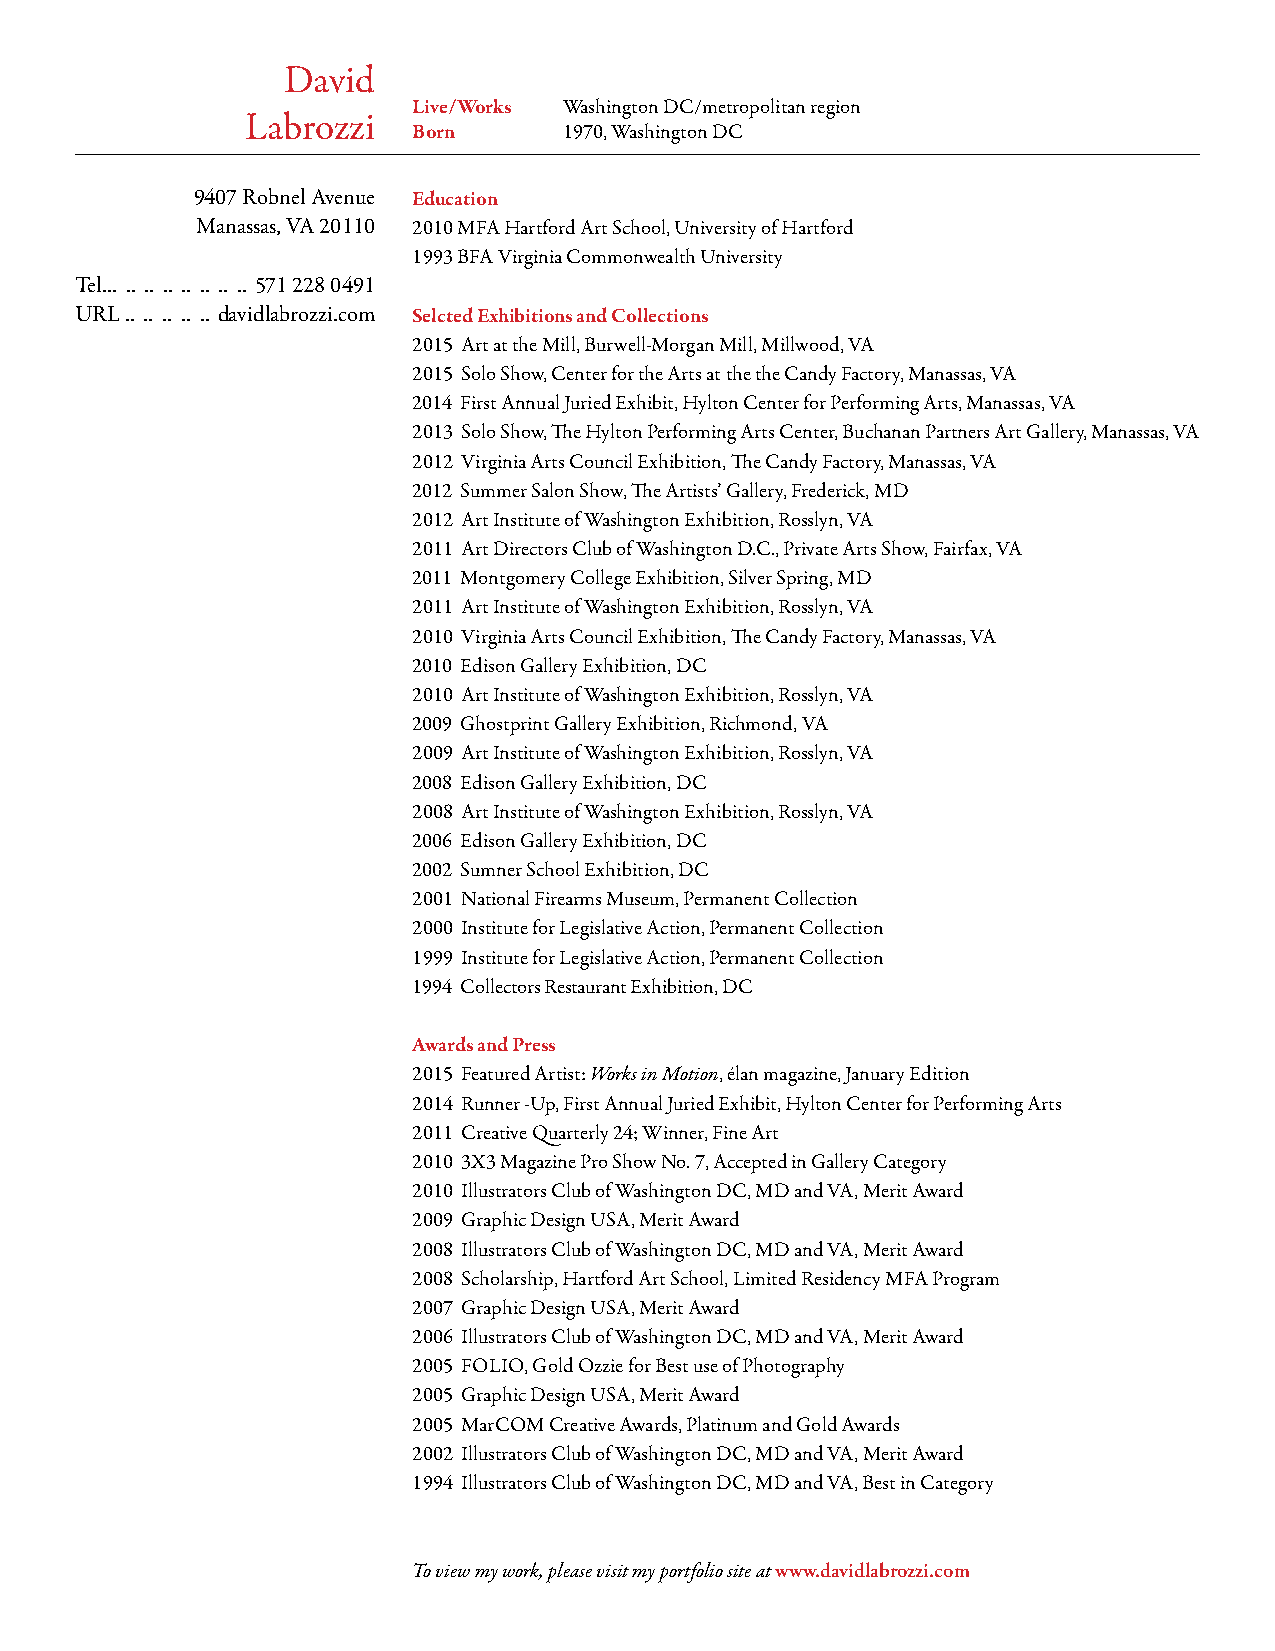
David
 Live/Works Washington DC/metropolitan region
 Labrozzi
 Born      1970, Washington DC
 9407 Robnel Avenue Education
 Manassas, VA 20110 2010 MFA Hartford Art School, University of Hartford
 1993 BFA Virginia Commonwealth University
 Tel... .. .. .. .. .. .. .. 571 228 0491
 URL .. .. .. .. .. davidlabrozzi.com Selcted Exhibitions and Collections
 2015 Art at the Mill, Burwell-Morgan Mill, Millwood, VA
 2015 Solo Show, Center for the Arts at the the Candy Factory, Manassas, VA
 2014 First Annual Juried Exhibit, Hylton Center for Performing Arts, Manassas, VA
 2013 Solo Show, The Hylton Performing Arts Center, Buchanan Partners Art Gallery, Manassas, VA
 2012 Virginia Arts Council Exhibition, The Candy Factory, Manassas, VA
 2012 Summer Salon Show, The Artists’ Gallery, Frederick, MD
 2012 Art Institute of Washington Exhibition, Rosslyn, VA
 2011 Art Directors Club of Washington D.C., Private Arts Show, Fairfax, VA
 2011 Montgomery College Exhibition, Silver Spring, MD
 2011 Art Institute of Washington Exhibition, Rosslyn, VA
 2010 Virginia Arts Council Exhibition, The Candy Factory, Manassas, VA
 2010 Edison Gallery Exhibition, DC
 2010 Art Institute of Washington Exhibition, Rosslyn, VA
 2009 Ghostprint Gallery Exhibition, Richmond, VA
 2009 Art Institute of Washington Exhibition, Rosslyn, VA
 2008 Edison Gallery Exhibition, DC
 2008 Art Institute of Washington Exhibition, Rosslyn, VA
 2006 Edison Gallery Exhibition, DC
 2002 Sumner School Exhibition, DC
 2001 National Firearms Museum, Permanent Collection
 2000 Institute for Legislative Action, Permanent Collection
 1999 Institute for Legislative Action, Permanent Collection
 1994 Collectors Restaurant Exhibition, DC
 Awards and Press
 2015 Featured Artist: Works in Motion, élan magazine, January Edition
 2014 Runner -Up, First Annual Juried Exhibit, Hylton Center for Performing Arts
 2011 Creative Quarterly 24; Winner, Fine Art
 2010 3X3 Magazine Pro Show No. 7, Accepted in Gallery Category
 2010 Illustrators Club of Washington DC, MD and VA, Merit Award
 2009 Graphic Design USA, Merit Award
 2008 Illustrators Club of Washington DC, MD and VA, Merit Award
 2008 Scholarship, Hartford Art School, Limited Residency MFA Program
 2007 Graphic Design USA, Merit Award
 2006 Illustrators Club of Washington DC, MD and VA, Merit Award
 2005 FOLIO, Gold Ozzie for Best use of Photography
 2005 Graphic Design USA, Merit Award
 2005 MarCOM Creative Awards, Platinum and Gold Awards
 2002 Illustrators Club of Washington DC, MD and VA, Merit Award
 1994 Illustrators Club of Washington DC, MD and VA, Best in Category
 To view my work, please visit my portfolio site at www.davidlabrozzi.com